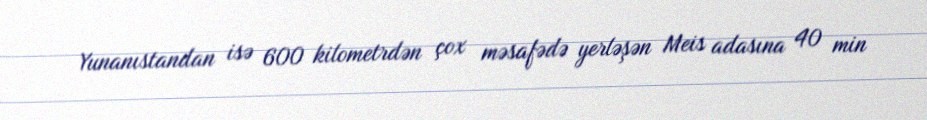
Yunanıstandan isə 600 kilometrdən çox məsafədə yerləşən Meis adasına 40 min